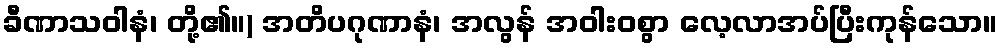
ခီဏာသဝါနံ၊ တို့၏။) အတိပဂုဏာနံ၊ အလွန် အဝါးဝစွာ လေ့လာအပ်ပြီးကုန်သော။